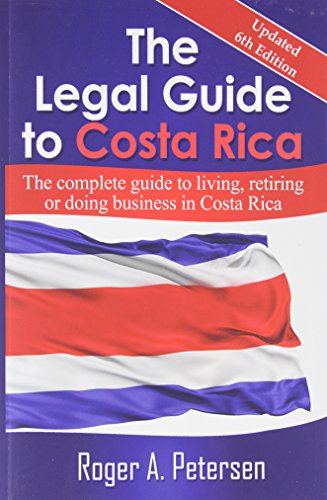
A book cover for The Legal Guide to Costa Rica; Roger A. Petersen; Law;